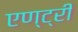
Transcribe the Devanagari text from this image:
एण्ट्री